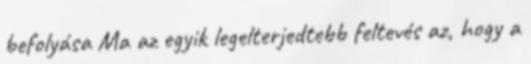
befolyása Ma az egyik legelterjedtebb feltevés az, hogy a